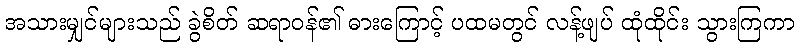
အသားမျှင်များသည် ခွဲစိတ် ဆရာဝန်၏ ဓားကြောင့် ပထမတွင် လန့်ဖျပ် ထုံထိုင်း သွားကြကာ